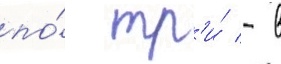
по́ тр'и́ - в